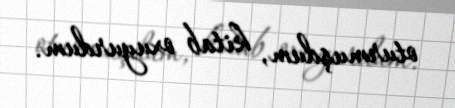
oturmuşdum, kitab oxuyurdum.